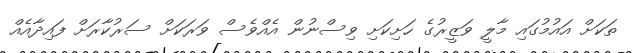
ތަކަށް އައުމުގައި މާލީ ވަޒީރުގެ ހަށިކަށި ވިސްނުން އެއްވެސް ވަރަކަށް ސަރުކާރަށް ފައިދާއެއް